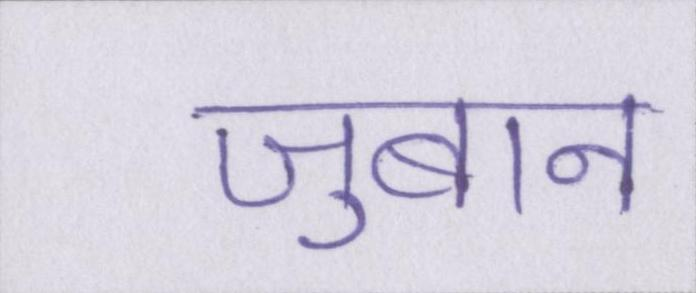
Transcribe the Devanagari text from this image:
जुबान